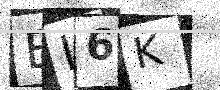
Text: BI6K